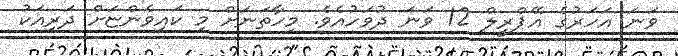
ވަނަ އަހަރުގެ އޭޕްރީލް 12 ވަނަ ދުވަހުއެވެ. މިހާތަނަށް މި ކައިވެންޏަށް ދަރިއަކު